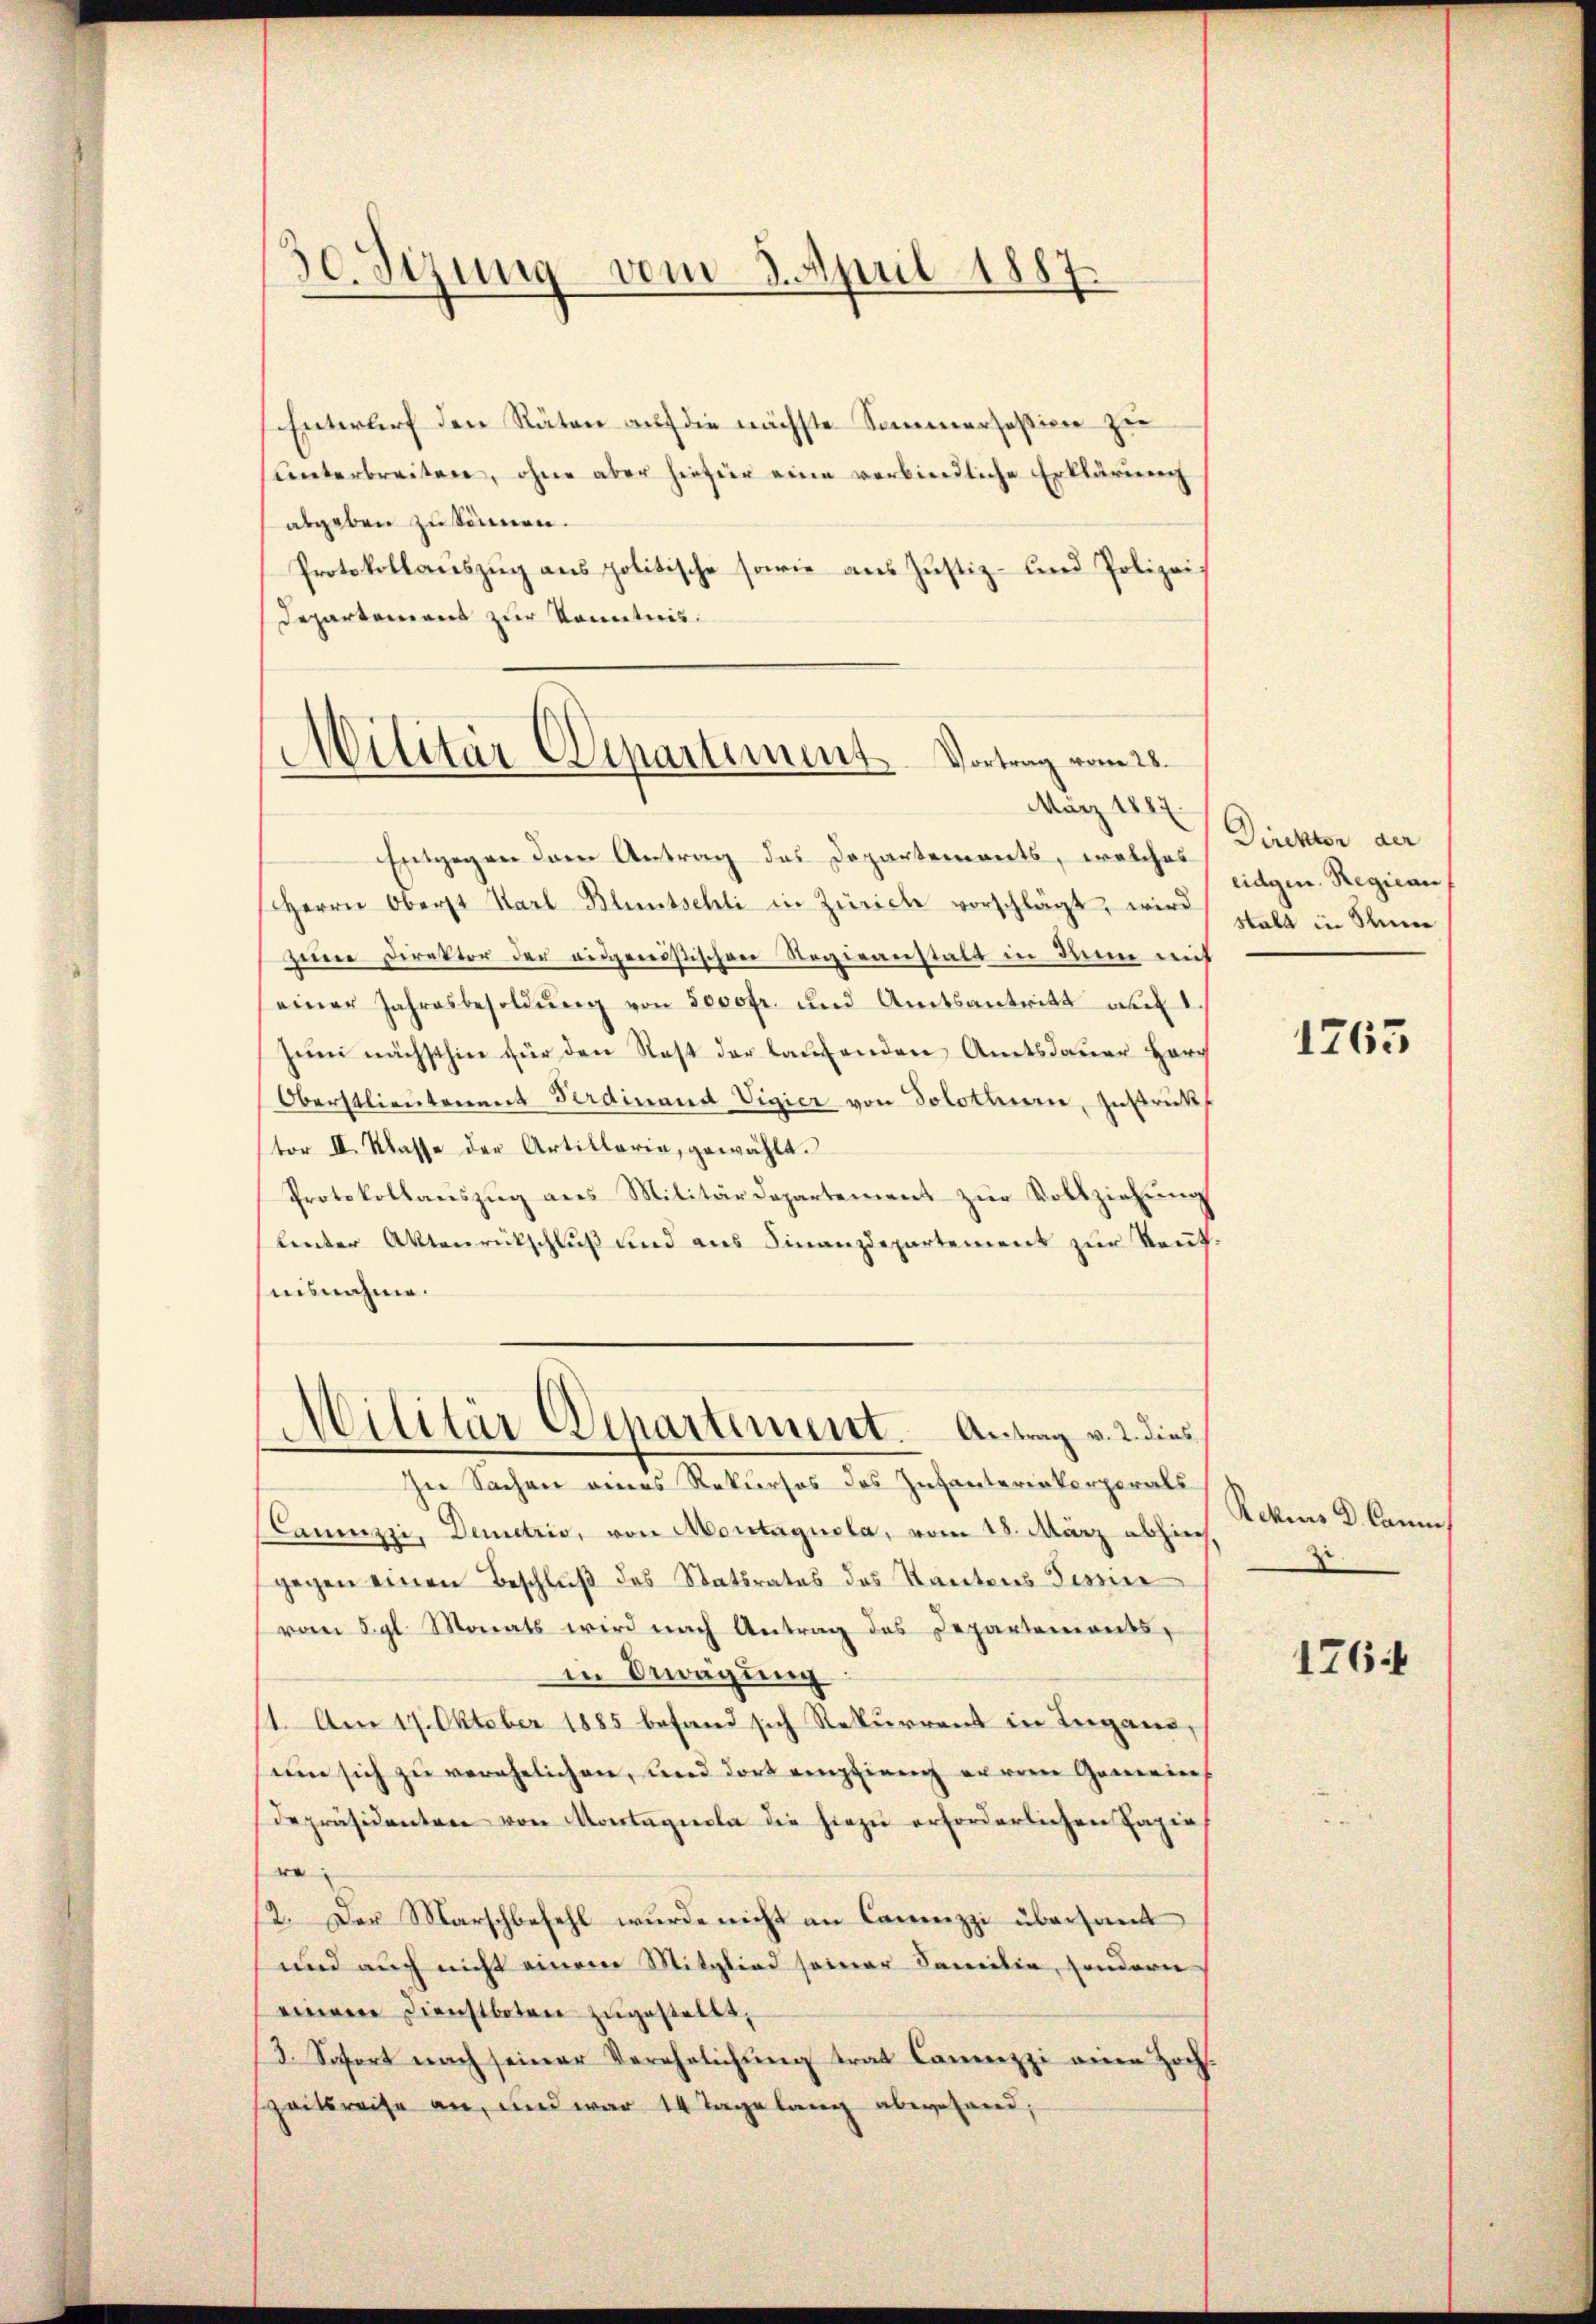
30. Sizung vom 8. April 1887.

Entwurf den Räten auf die nächste Sommerseßion zu
ŭnterbreiten, ohne aber hiefür eine verbindliche Erklärung
abgeben zu können.
Protokollauszug aus politische sowie aus Justiz- und Polizei¬
Departement zur Kenntnis.

Militär Departement. Vortrag vom 25.

März 1887.
Entgegen den Antrag des Departements, welches
Herrn Oberst Karl Bluntschli in Zürich vorschlägt, wird
seine Direktor der eidgenössischen Regieanstalt in den mit
einer Jahresbesoldŭng von sooofr. und Amtsantritt au
zŭm nächsthin für den Rest der laufenden Amtsdauer Herr
Oberstlieutenant Ferdinand Vigier von Solothurn, Instrukt
tor II. Klasse der Artillaria, gewählt.
Protokollaŭszŭg ans Militärdepartement zŭr Vollziehŭng
lenter Aktenrückschluß und aus Finanzdepartement zur Reufnisnahme.
In Sachen eines Rekursos des Infanteriekorporals
Canizzi, Demetris, von Montagnola, vom 28. März abhiech.
gegen einen Beschluß des Statsrates des Kantons Tessin
(vom 5. gl. Monats wird nach Antrag des Departementsin Bewegung
1. Am 17. Oktober 1885 befand sich Rekurrent in Lugano,
um sich zu verehelichen, und dort empfieng erren Gemeins
depräsidenten von Montagnola die hiezŭ erforderlichen Papie
re;
12. Der Marschbefehl wurde nicht an Camezzi übersam
und auch nicht einem Mitglied seiner Familie, sondern
einem Dienstboten zugestellt,
3. Sofort nach seiner Verehelichŭng trat Camezzi eine Hoch-
Zeitsreise an, und war 14 Tagelang abwesend,

Militär Departement. Antrag v. 2. dies

Direktor der
eidgen. Regican
stalt in Stein

1765

Rekius D. Canne
1

176